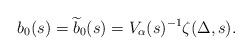
LaTeX: \begin{align*}b_0(s) = \widetilde{b}_0(s) = V_\alpha(s)^{-1} \zeta(\Delta,s).\end{align*}